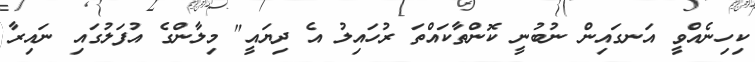
ކިހިނެއްވީ އަނގައިން ނުބުނީ ކޮންތާކައްތަ ރުހައިލު އެ ދިޔައީ" މިލާންގެ އުފަލުގައި ނައިރާ